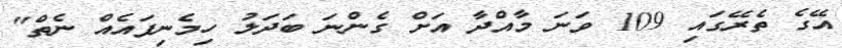
އޭގެ ތެރޭގައި 109 ވަނަ މާއްދާ އަށް ގެންނަ ބަދަލު ހިމެނިފައެއް ނެތް"